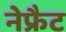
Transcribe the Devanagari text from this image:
नेफ्रैट